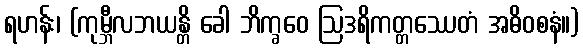
ရဟန်း၊ (ကုမ္ဘီလဘယန္တိ ခေါ ဘိက္ခဝေ ဩဒရိကတ္တဿေတံ အဓိဝစနံ။)